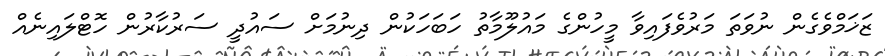
ޒަޚަމްވެގެން ނުވަތަ މަރުވެފައިވާ މީހުންގެ މައުލޫމާތު ހަބަހަކުން ދިނުމަށް ސައުދީ ސަރުކާރުން ހޮޓްލައިނެއް